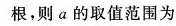
根，则a的取值范围为